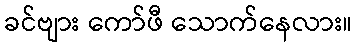
ခင်ဗျား ကော်ဖီ သောက်နေလား။